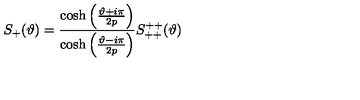
S _ { + } ( \vartheta ) = \frac { \cosh \left( \frac { \vartheta + i \pi } { 2 p } \right) } { \cosh \left( \frac { \vartheta - i \pi } { 2 p } \right) } S _ { + + } ^ { + + } ( \vartheta )